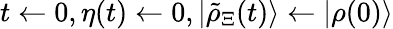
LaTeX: t\gets 0,\eta(t)\gets 0,|\tilde{\rho}_{\Xi}(t)\rangle\gets|\rho(0)\rangle